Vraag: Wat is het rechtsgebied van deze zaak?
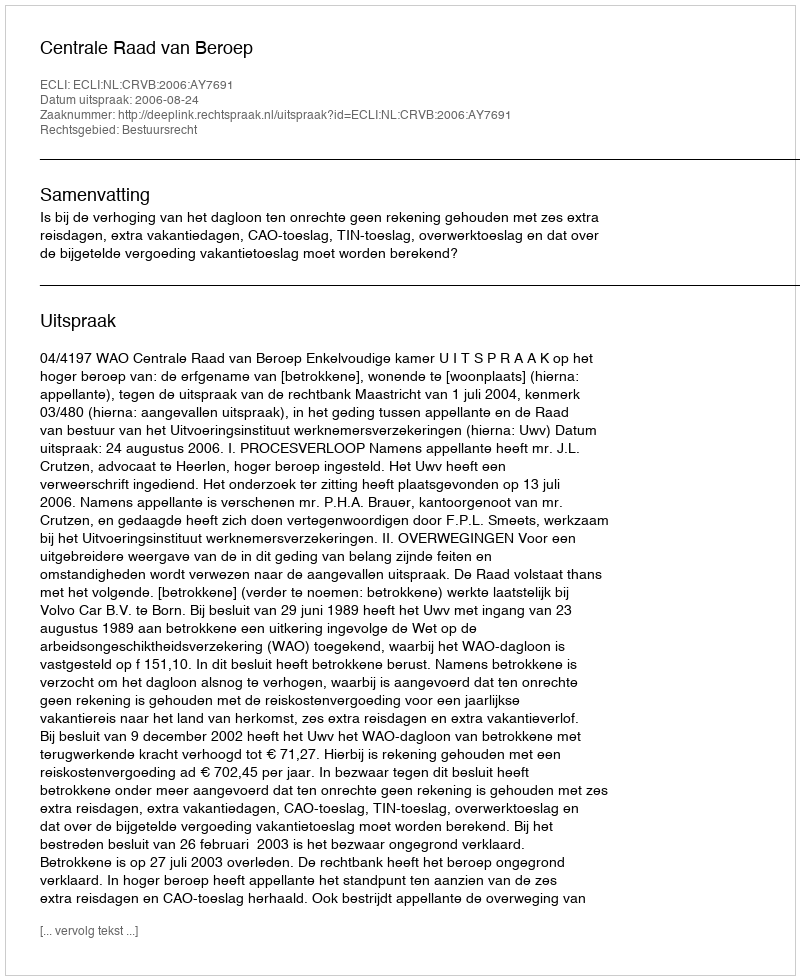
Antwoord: Bestuursrecht